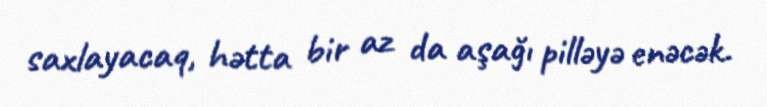
saxlayacaq, hətta bir az da aşağı pilləyə enəcək.